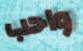
واحب